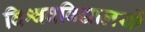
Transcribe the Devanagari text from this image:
विश्ववविद्यालयों